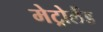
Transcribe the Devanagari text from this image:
मेट्रोलैंड